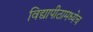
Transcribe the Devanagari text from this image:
विद्यापीठामध्येच